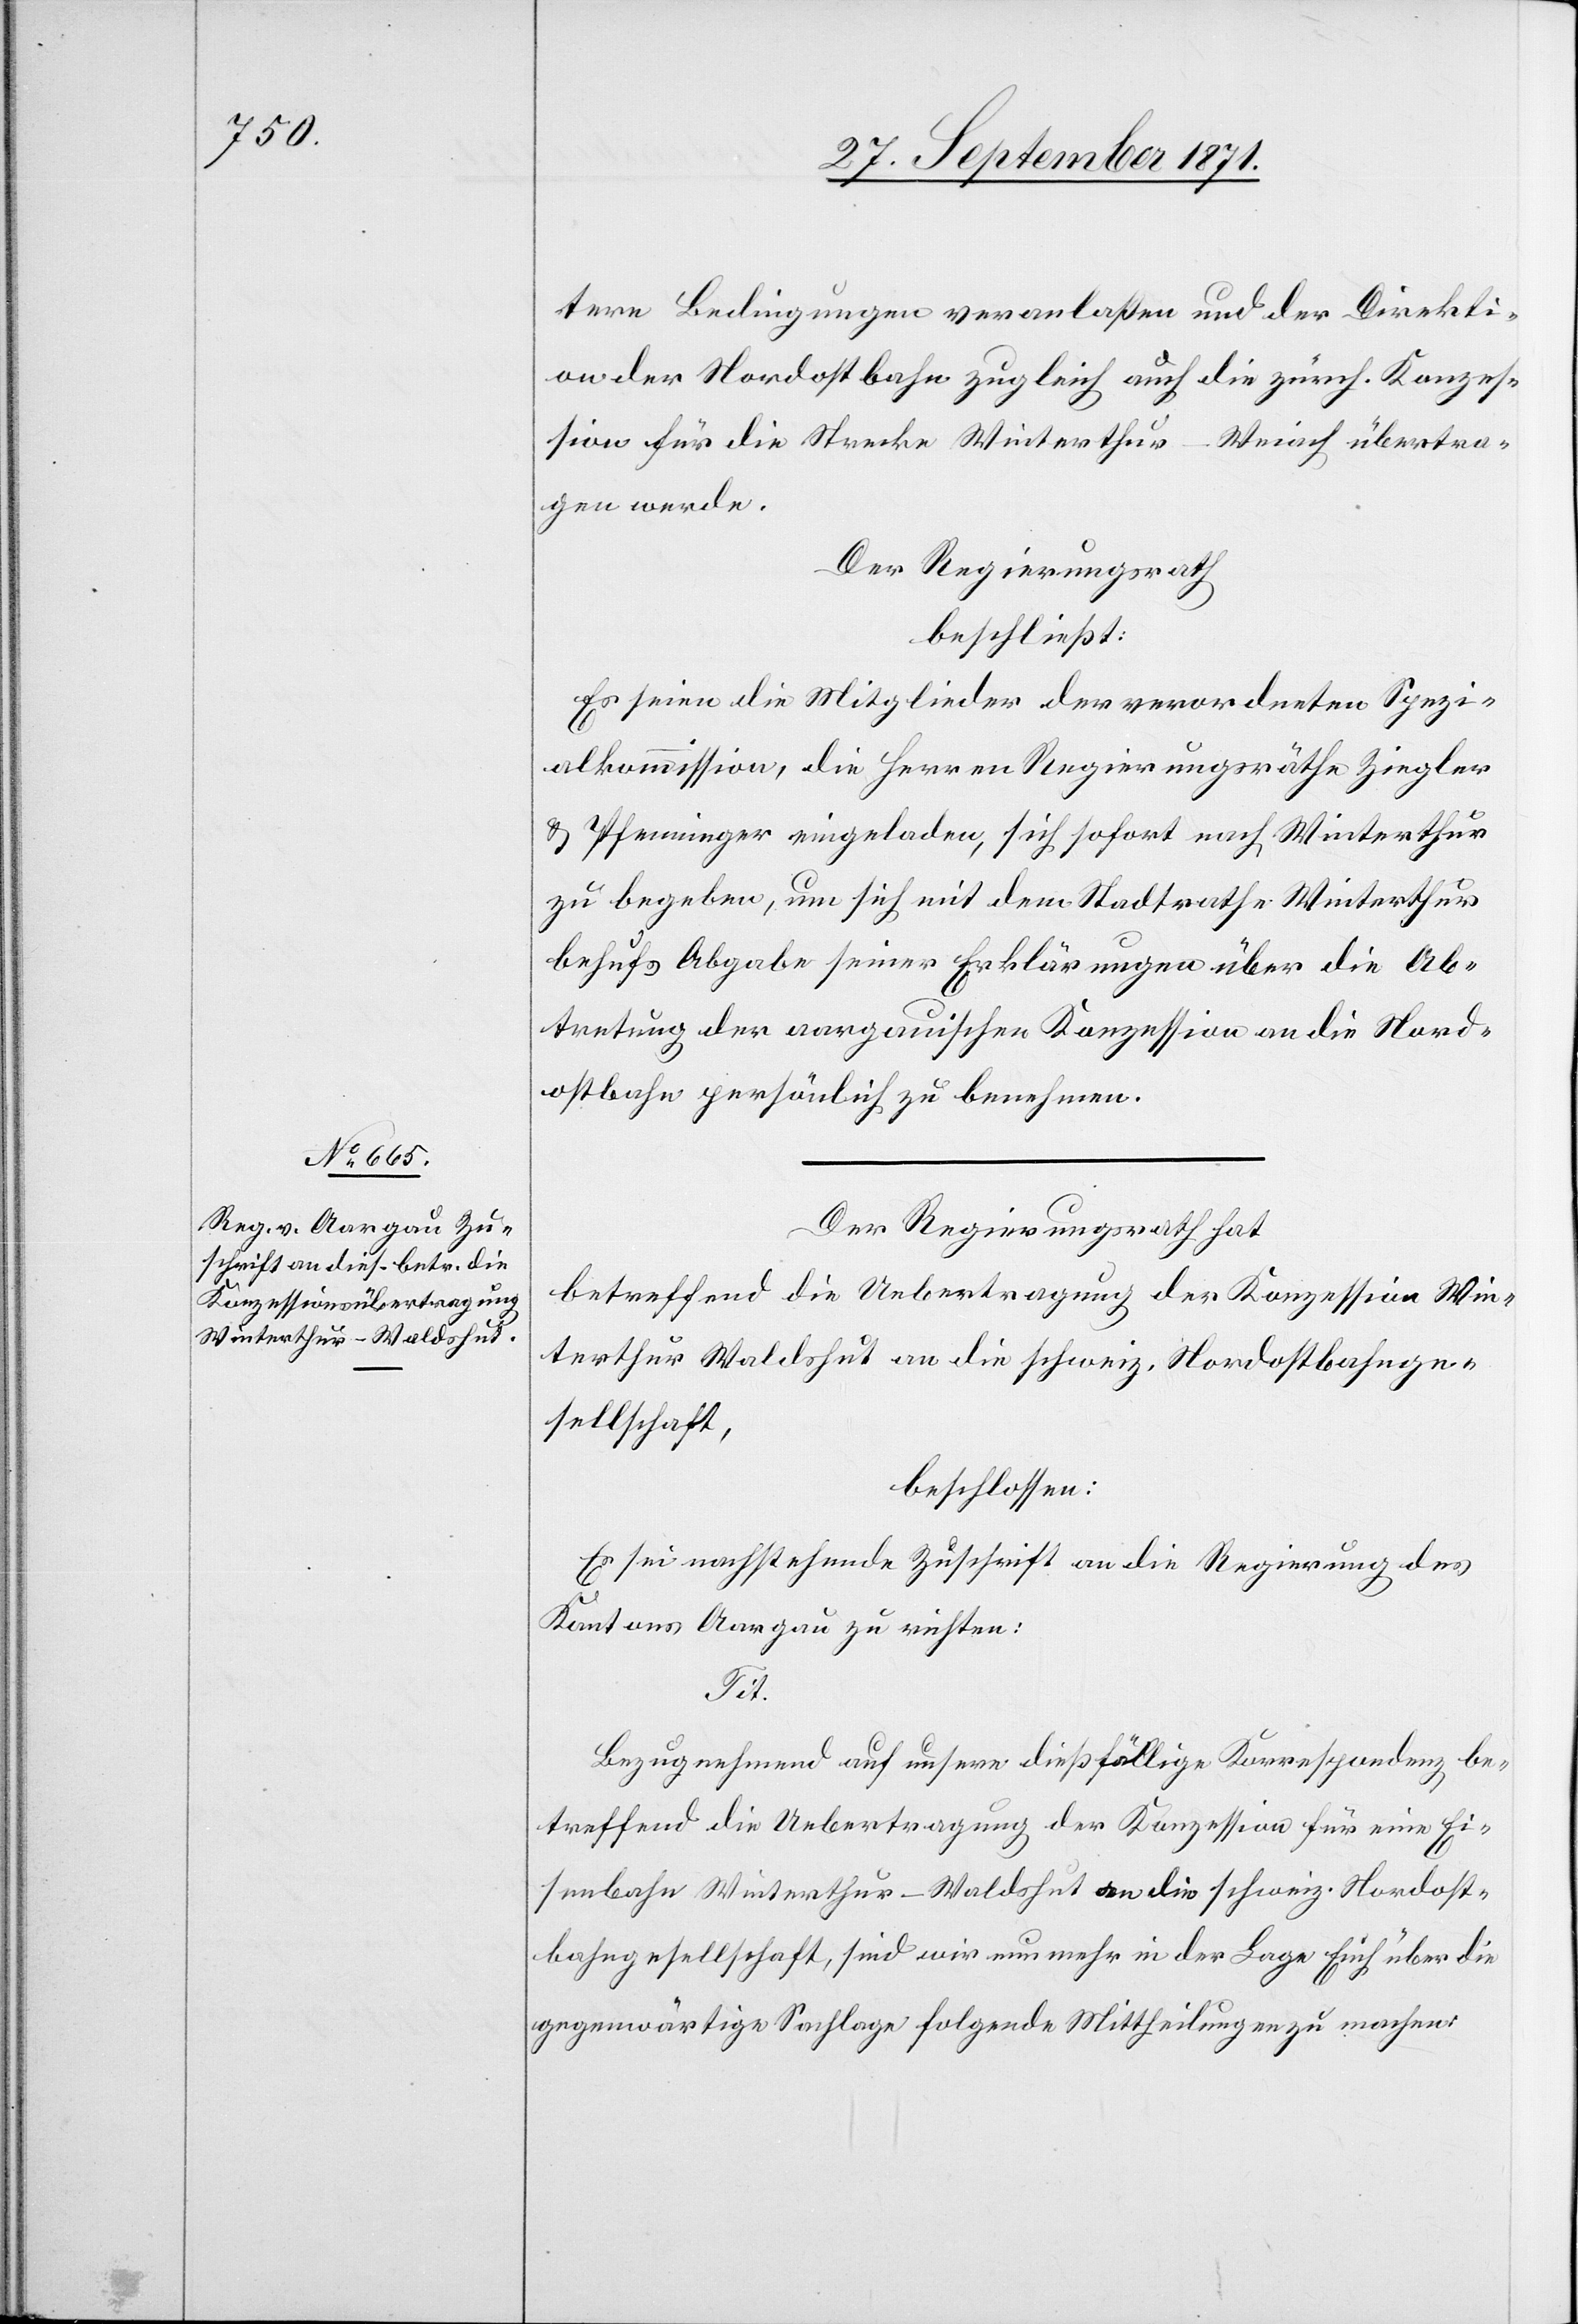
tere Bedingungen veranlassen und der Direkti¬
on der Nordostbahn zugleich auch die zürch. Konzes¬
sion für die Strecke Winterthur–Weiach übertra¬
gen werde.
Der Regierungsrath
beschließt:
Es seien die Mitglieder der verordneten Spezi¬
alkommission, die Herren Regierungsräthe Ziegler
& Pfenninger eingeladen, sich sofort nach Winterthur
zu begeben, um sich mit dem Stadtrathe Winterthur
behufs Abgabe seiner Erklärungen über die Ab¬
tretung der aargauischen Konzession an die Nord¬
ostbahn persönlich zu benehmen.
Der Regierungsrath hat
betreffend die Uebertragung der Konzession Win¬
terthur Waldshut an die schweiz. Nordostbahnge¬
sellschaft,
beschlossen:
Es sei nachstehende Zuschrift an die Regierung des
Kantons Aargau zu richten:
Tit.
Bezugnehmend auf unsere dießfällige Korrespondenz be¬
treffend die Uebertragung der Konzession für eine Ei¬
senbahn Winterthur–Waldshut an die schweiz. Nordost¬
bahngesellschaft, sind wir nunmehr in der Lage Euch über die
gegenwärtige Sachlage folgende Mittheilungen zu machen: